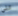
التي